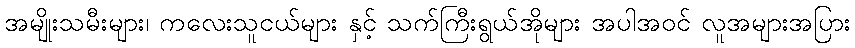
အမျိုးသမီးများ၊ ကလေးသူငယ်များ နှင့် သက်ကြီးရွယ်အိုများ အပါအဝင် လူအများအပြား